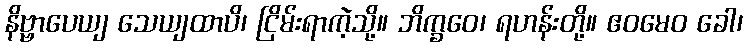
နိဗ္ဗာပေယျ သေယျထာပိ၊ ငြိမ်းရာကဲ့သို့။ ဘိက္ခဝေ၊ ရဟန်းတို့။ ဧဝမေဝ ခေါ၊